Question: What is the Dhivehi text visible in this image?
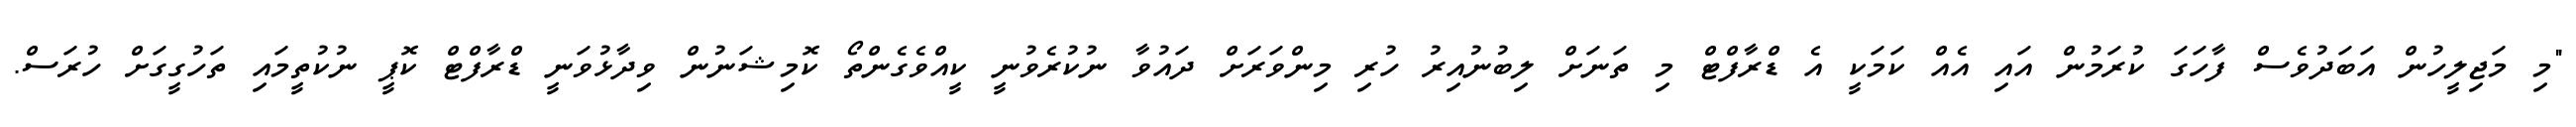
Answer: "މި މަޖިލީހުން އަބަދުވެސް ފާހަގަ ކުރަމުން އައި އެއް ކަމަކީ އެ ޑްރާފްޓް މި ތަނަށް ލިބުނުއިރު ހުރި މިންވަރަށް ދައުވާ ނުކުރެވުނީ ކީއްވެގެންތޯ ކޮމިޝަނުން ވިދާޅުވަނީ ޑްރާފްޓް ކޮޕީ ނުކުތީމައި ތަހުގީގަށް ހުރަސް.